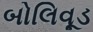
બોલિવૂડ